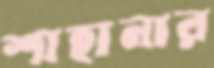
শাহানার